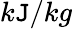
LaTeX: k\mathtt{J}/kg